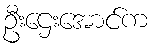
ဦးဌေးအောင်က